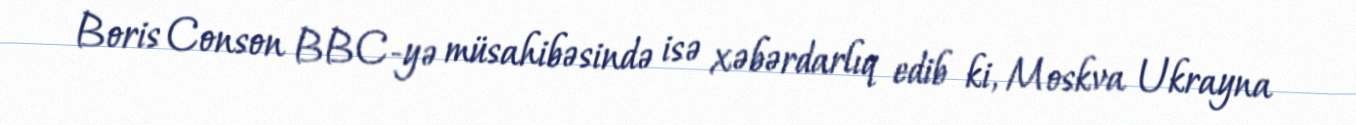
Boris Conson BBC-yə müsahibəsində isə xəbərdarlıq edib ki, Moskva Ukrayna